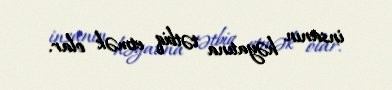
insanın həyatına tətbiq etmək olar.